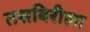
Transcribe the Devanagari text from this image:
तसबिरीला